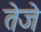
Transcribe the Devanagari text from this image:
तेजे